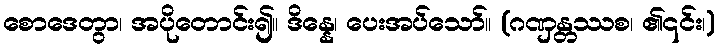
စောဒေတွာ၊ အပိုတောင်း၍။ ဒိန္နေ၊ ပေးအပ်သော်။ (ဂဏှန္တဿစ၊ ၏၎င်း၊)